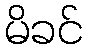
မိခင်